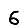
Digit: 6